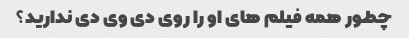
چطور همه فیلم های او را روی دی وی دی ندارید؟